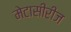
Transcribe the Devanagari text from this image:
मेटासीरीज